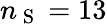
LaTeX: n_{\mathrm{~S~}}=13